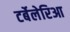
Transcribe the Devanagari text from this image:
टर्बेलेरिआ